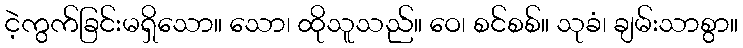
ငဲ့ကွက်ခြင်းမရှိသော။ သော၊ ထိုသူသည်။ ဝေ၊ စင်စစ်။ သုခံ၊ ချမ်းသာစွာ။